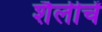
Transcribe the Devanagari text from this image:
शैलीचें